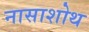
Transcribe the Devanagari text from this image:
नासाशोथ